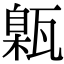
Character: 甈